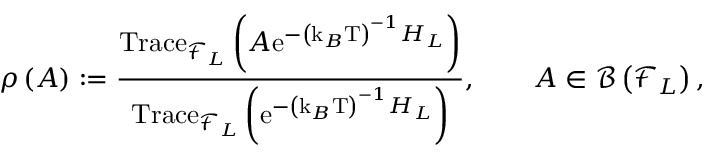
\rho \left( A \right) : = \frac { \mathrm { T r a c e } _ { \mathcal { F } _ { L } } \left( A \mathrm { e } ^ { - \left( \mathrm { k } _ { B } \mathrm { T } \right) ^ { - 1 } H _ { L } } \right) } { \mathrm { T r a c e } _ { \mathcal { F } _ { L } } \left( \mathrm { e } ^ { - \left( \mathrm { k } _ { B } \mathrm { T } \right) ^ { - 1 } H _ { L } } \right) } , \qquad A \in \mathcal { B } \left( \mathcal { F } _ { L } \right) ,